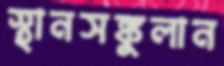
স্থানসঙ্কুলান